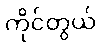
ကိုင်တွယ်